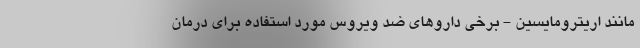
مانند اریترومایسین - برخی داروهای ضد ویروس مورد استفاده برای درمان